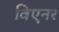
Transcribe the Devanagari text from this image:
विएनर